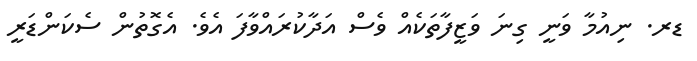
ޑރ. ނިއުމާ ވަނީ ގިނަ ވަޒީފާތަކެއް ވެސް އަދާކުރައްވާފަ އެވެ. އެގޮތުން ސެކަންޑަރީ